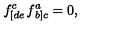
f _ { \left[ d e \right. } ^ { c } f _ { \left. b \right] c } ^ { a } = 0 ,